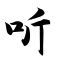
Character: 听